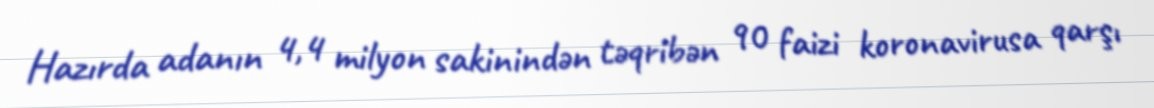
Hazırda adanın 4,4 milyon sakinindən təqribən 90 faizi koronavirusa qarşı